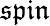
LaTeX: \mathfrak{spin}